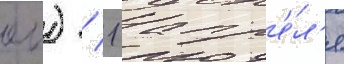
еи) / 1 апр'е́л'я